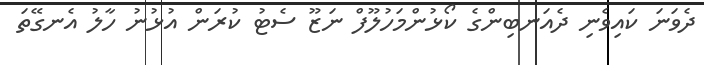
ދެވަނަ ކައިވެނި ދެއަނބިންގެ ކޯޅުންމަހުލޫފް ނަޒޫ ސެޓު ކުރަން އުޅުނު ހާލު އެނގޭތަ